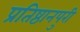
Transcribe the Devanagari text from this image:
प्रतिष्ठानपुरी